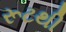
રૂટથી